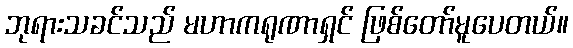
ဘုရားသခင်သည် မဟာကရုဏာရှင် ဖြစ်တော်မူပေတယ်။